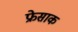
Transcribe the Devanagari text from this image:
फ्रेसाक